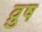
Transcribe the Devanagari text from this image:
व्रुष